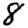
Digit: 8